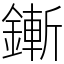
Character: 鏩